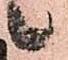
候